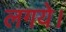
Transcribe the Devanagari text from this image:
लगये।